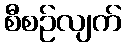
စီစဉ်လျက်